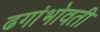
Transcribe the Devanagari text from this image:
ढगांभोवती